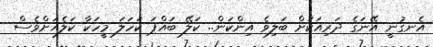
އެނގުނީ އޭނަގެ ދަރިއަކަށް ބަލިވެ އިންކަން.. ކަލޭ ބައްޕަ ކަހަލަ މީހަކާ ކަލެއަށްވެސް